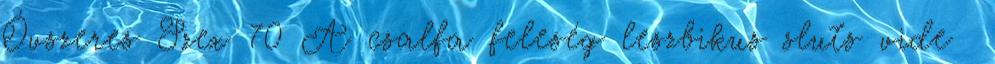
Óvszeres Szex 70 A csalfa feleség leszbikus sluts vide